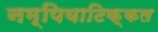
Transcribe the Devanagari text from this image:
नम्पियाटिक्कल